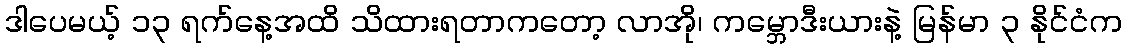
ဒါပေမယ့် ၁၃ ရက်နေ့အထိ သိထားရတာကတော့ လာအို၊ ကမ္ဘောဒီးယားနဲ့ မြန်မာ ၃ နိုင်ငံက